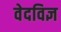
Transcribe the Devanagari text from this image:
वेदविज्ञ